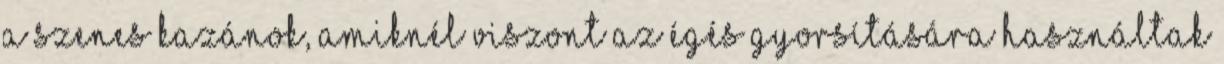
a szenes kazánok, amiknél viszont az égés gyorsítására használtak